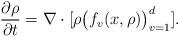
LaTeX: \begin{align*}\frac{\partial \rho}{\partial t}=\nabla \cdot [\rho \big(f_v(x,\rho)\big)_{v=1}^d].\end{align*}